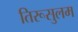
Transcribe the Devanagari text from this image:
तिरूसुलम